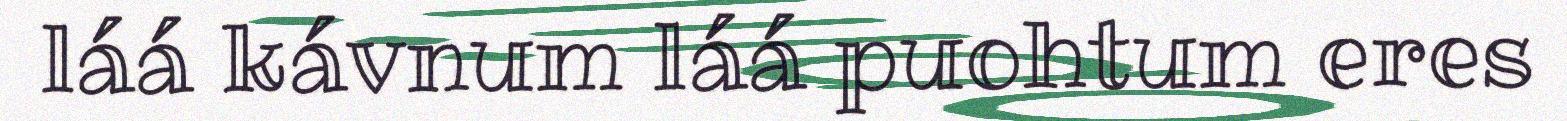
láá kávnum láá puohtum eres